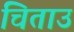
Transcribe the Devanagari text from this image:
चिताउ